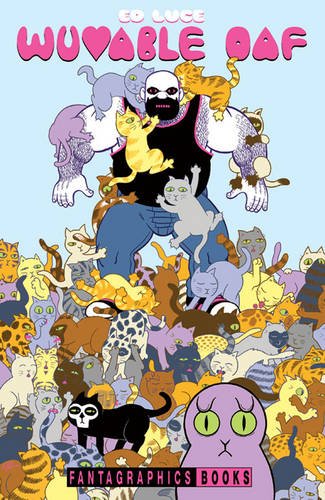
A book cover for Wuvable Oaf; Ed Luce; Comics & Graphic Novels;